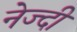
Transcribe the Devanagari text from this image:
नेज्दी